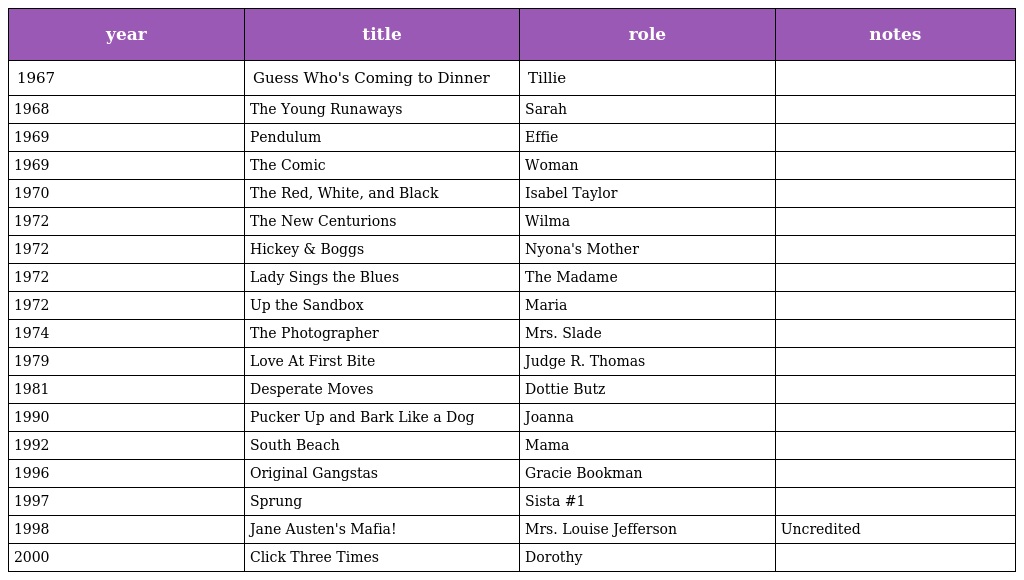
| year | title | role | notes |
 | --- | --- | --- | --- |
 | 1967 | Guess Who's Coming to Dinner | Tillie |  |
 | 1968 | The Young Runaways | Sarah |  |
 | 1969 | Pendulum | Effie |  |
 | 1969 | The Comic | Woman |  |
 | 1970 | The Red, White, and Black | Isabel Taylor |  |
 | 1972 | The New Centurions | Wilma |  |
 | 1972 | Hickey & Boggs | Nyona's Mother |  |
 | 1972 | Lady Sings the Blues | The Madame |  |
 | 1972 | Up the Sandbox | Maria |  |
 | 1974 | The Photographer | Mrs. Slade |  |
 | 1979 | Love At First Bite | Judge R. Thomas |  |
 | 1981 | Desperate Moves | Dottie Butz |  |
 | 1990 | Pucker Up and Bark Like a Dog | Joanna |  |
 | 1992 | South Beach | Mama |  |
 | 1996 | Original Gangstas | Gracie Bookman |  |
 | 1997 | Sprung | Sista #1 |  |
 | 1998 | Jane Austen's Mafia! | Mrs. Louise Jefferson | Uncredited |
 | 2000 | Click Three Times | Dorothy |  |